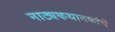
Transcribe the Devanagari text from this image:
नाट्यकथानकांचॆ